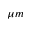
\mu m